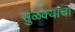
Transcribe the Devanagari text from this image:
सुळक्यांचा